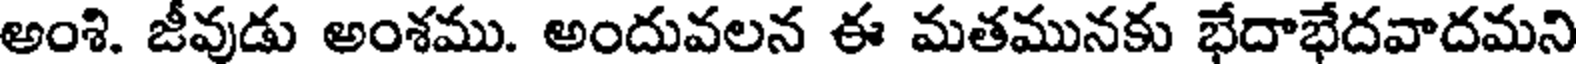
అంశి. జీవుడు అంశము. అందువలన ఈ మతమునకు భేదాభేదవాదమని